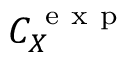
C _ { X } ^ { \mathrm { ~ e ~ x ~ p ~ } }